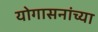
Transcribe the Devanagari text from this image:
योगासनांच्या